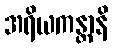
အရိယကန္တာနိ